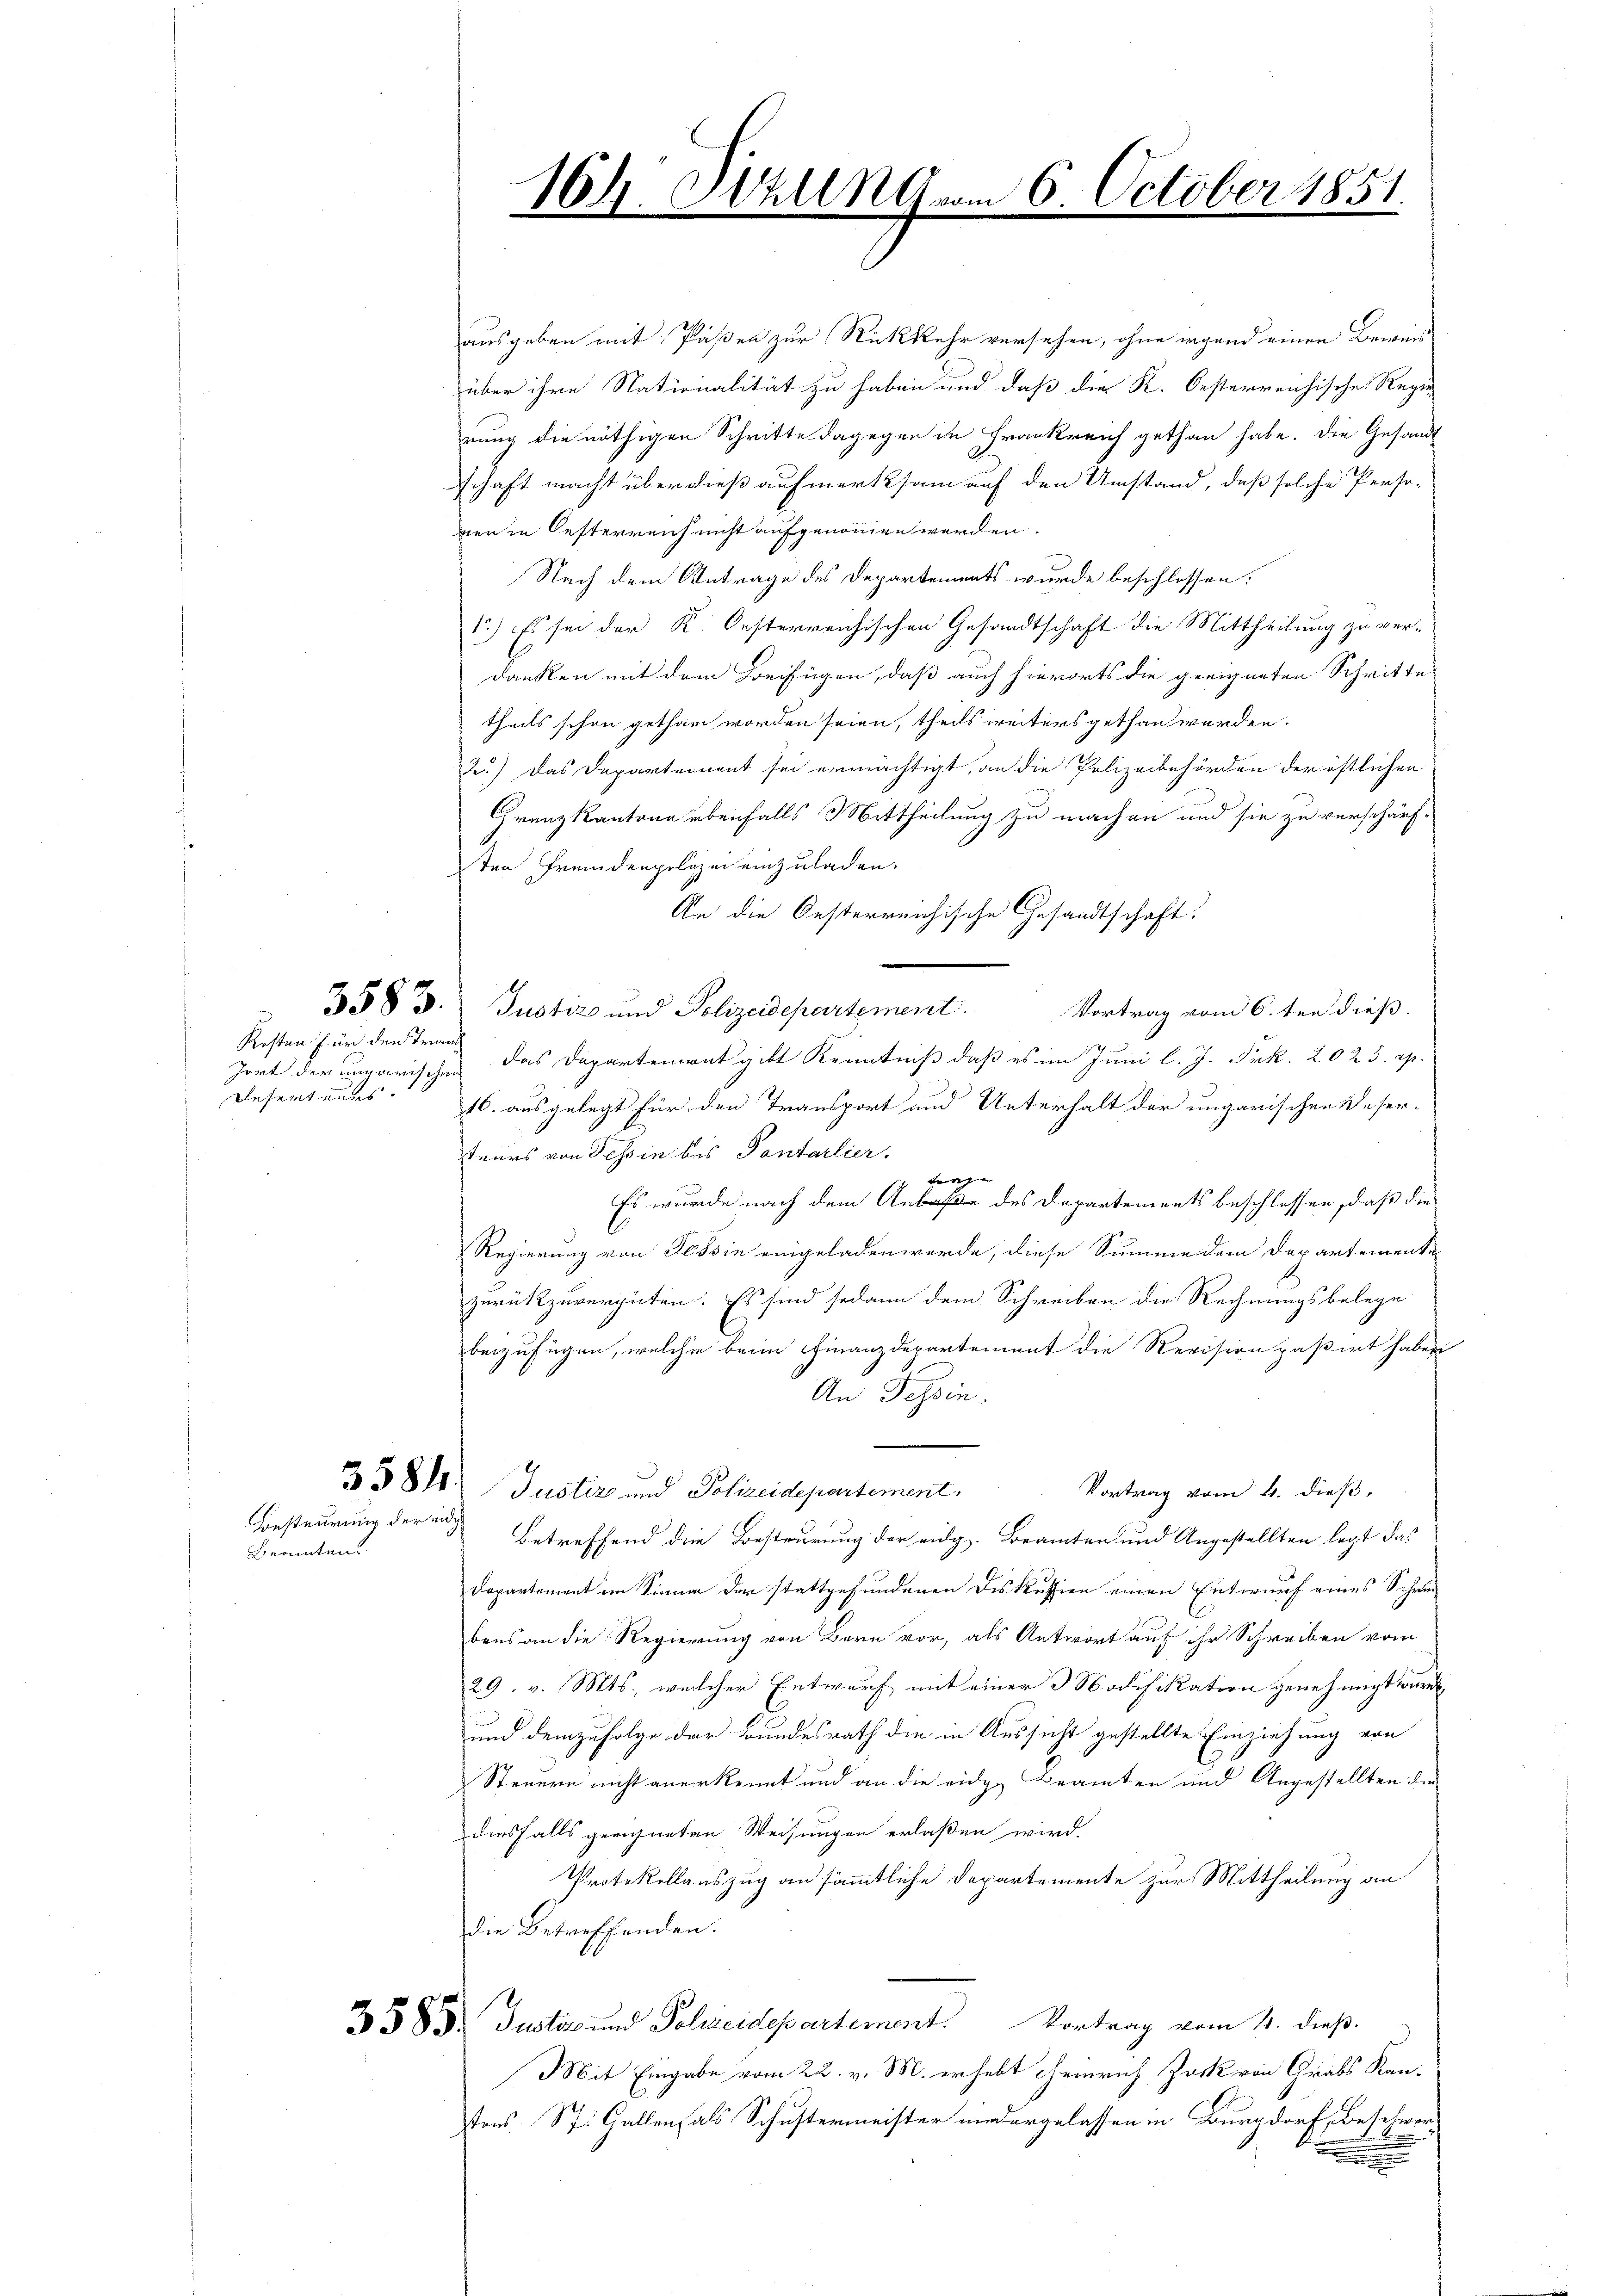
Kosten für den Trans
Deser

Coesteurung der eidg

Bramten.

ausgeben mit Paßen zur Rückkehr versehen, ohne irgend einen Beweis
über ihre Nationalität zu haben und daß die K. Oesterreichische Regier
rung die nöthigen Schritte dagegen in Frankreich gethan habe. Die Gesandt
schaft macht über dieß aufmerksam auf den Umstand, daß solche Perso-
nen in Oesterreich nicht aufgenommen werden.
Nach dem Antrage des Departements wurde beschlossen:
1.) Es sei der K. Oesterreichischen Gesandtschaft die Mittheilung zu verdanken mit dem Beifügen, daß auch hierorts die geeigneten Schritte
theils schon gethan worden seien, theils weiters gethan werden.
2.) Das Departement sei ermächtigt, an die Polizeibehörden der östlichen
Grenzkantone ebenfalls Mittheilung zu machen und sie zu verschärften Fremdenpolizei einzuladen.
An die Oesterreichische Gesandtschaft.
3583. Justiz und Polizeidepartement.
Vortrag vom 6.ten dieß.
Zort der das Departement gibt Kenntniß daß es im Juni l. J. Frk. 2023. pp.
16. ausgelegt für den Transport und Unterhalt der ungarischen Deser-
teurs von Tessin bis Pontarlier.
fange
Es wurde nach dem Anlaße des Departements beschlossen, daß die
Regierung von Tessin eingeladen werde, diese Summe dem Departemente
zurückzuvergüten. Es sind sodann dem Schreiben die Rechnungsbelege
beizufügen, welche beim Finanzdepartement die Revision paßirt haben
An Schein.
3381. Justiz und Polizeidepartement,
Vortrag vom 4. dieß,
Betreffend die Besteurung der eidg. Beamten und Angestellten legt das
Departement im Sinne der stattgefundenen Diskussion einen Entwurf eines Schrie
bens an die Regierung von Bern vor, als Antwort auf ihr Schreiben vom
29. v. Mts., welcher Entwurf mit einer Modifikation genehmigt würde,
und demzufolge der Bundesrath die in Aussicht gestellte Einziehung von
Steuern nicht anerkennt und an die eidge Beamten und Angestellten die
diesfalls geeigneten Weisungen erlaßen wird.
Protokollauszug an sämmtliche Departemente zur Mittheilung an
die Betreffenden.
2383. Justiz und Polizeidepartement. Vortrag vom 4. dieß.
Mit Eingabe vom 22. v. M. erhebt Heinrich Juck von Grabs Kantons St. Gallenfals Schustermeister niedergelassen in Burgdorf, Beschwer¬

164. Sitzung vom 6. October 1851.